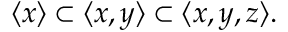
\langle x \rangle \subset \langle x , y \rangle \subset \langle x , y , z \rangle .